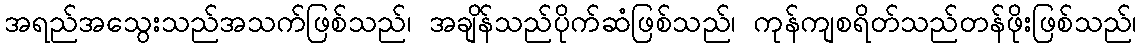
အရည်အသွေးသည်အသက်ဖြစ်သည်၊ အချိန်သည်ပိုက်ဆံဖြစ်သည်၊ ကုန်ကျစရိတ်သည်တန်ဖိုးဖြစ်သည်၊